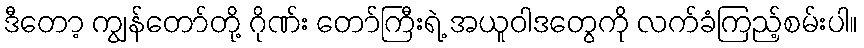
ဒီတော့ ကျွန်တော်တို့ ဂိုဏ်း တော်ကြီးရဲ့ အယူဝါဒတွေကို လက်ခံကြည့်စမ်းပါ။